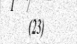
(23)